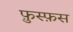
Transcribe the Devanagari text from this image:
फ़ुस्फ़स